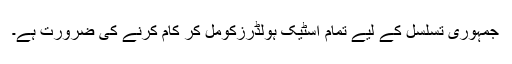
جمہوری تسلسل کے لیے تمام اسٹیک ہولڈرزکومل کر کام کرنے کی ضرورت ہے۔